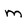
Character: m